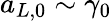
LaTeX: a_{L,0}\sim\gamma_{0}